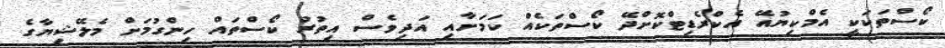
ކޯސްތަކަކީ އެމްކިޔުއޭ އެކްރެޑިޓްކޮށްދޭ ކޯސްތަކެއް ކަމަށާއި އަދިވެސް އިތުރު ކޯސްތައް ހިންގުމަށް މެލޭޝިޔާގެ